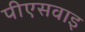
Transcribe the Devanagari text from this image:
पीएसवाइ